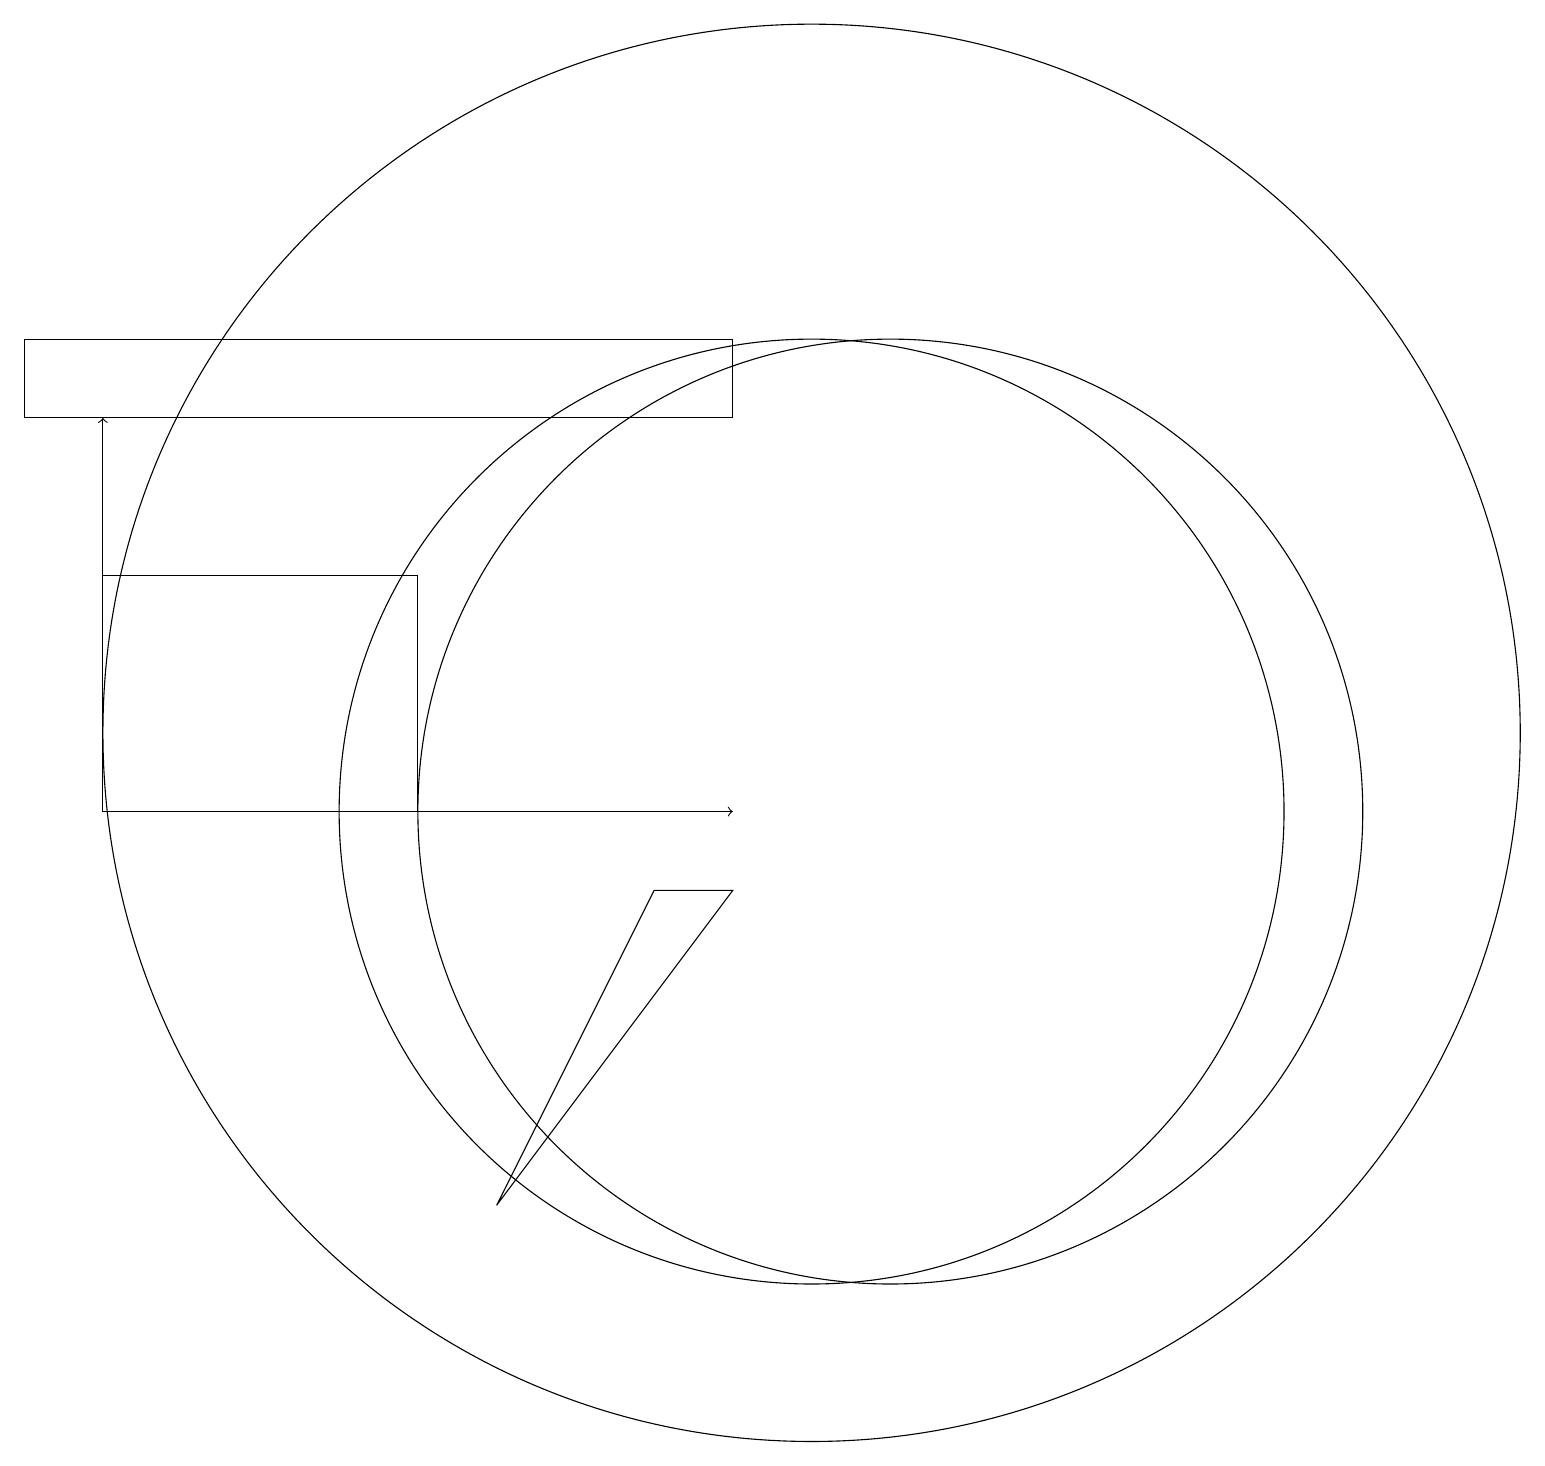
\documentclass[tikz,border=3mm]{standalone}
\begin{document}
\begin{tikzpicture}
\draw (10,11) circle (9);
\draw (5,10) rectangle (1,13);
\draw (9,15) rectangle (0,16);
\draw (10,10) circle (6);
\draw (11,10) circle (6);
\draw[->] (1,13) -- (1,15);
\draw[->] (1,10) -- (9,10);
\draw (6,5) -- (8,9) -- (9,9) -- cycle;
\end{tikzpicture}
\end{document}